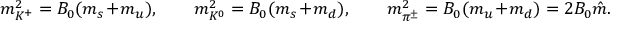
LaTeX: m _ { K ^ { + } } ^ { 2 } = B _ { 0 } ( m _ { s } + m _ { u } ) , \qquad m _ { K ^ { 0 } } ^ { 2 } = B _ { 0 } ( m _ { s } + m _ { d } ) , \qquad m _ { \pi ^ { \pm } } ^ { 2 } = B _ { 0 } ( m _ { u } + m _ { d } ) = 2 B _ { 0 } \hat { m } .